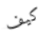
كيف